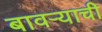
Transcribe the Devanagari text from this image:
बावऱ्याची